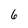
Character: 6